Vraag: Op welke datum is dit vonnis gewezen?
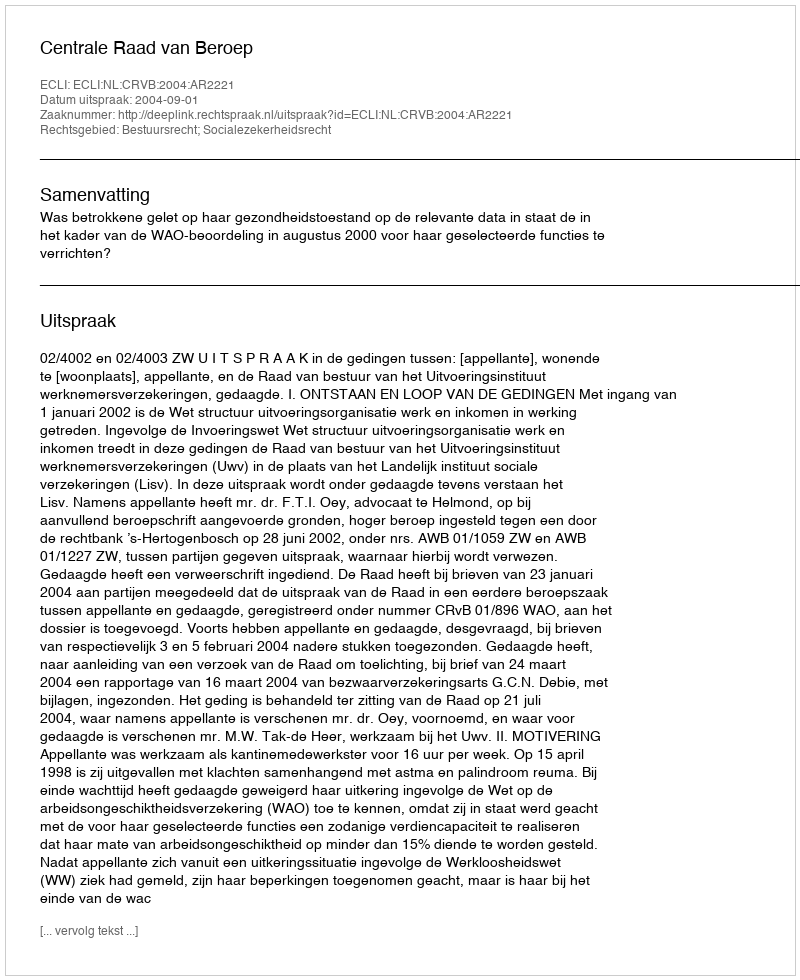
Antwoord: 2004-09-01